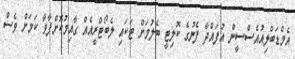
އެމްޑަބްލިއުއެސްސީން އުފައްދާ ފެނުގެ ކޮލިޓީ ބެލުމަށް ޓަކައި ލެބޯޓްރީއެއް ގާއިމުކޮށްފާވާ ކަމަށް ވެސް